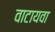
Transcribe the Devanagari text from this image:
वाटायवा